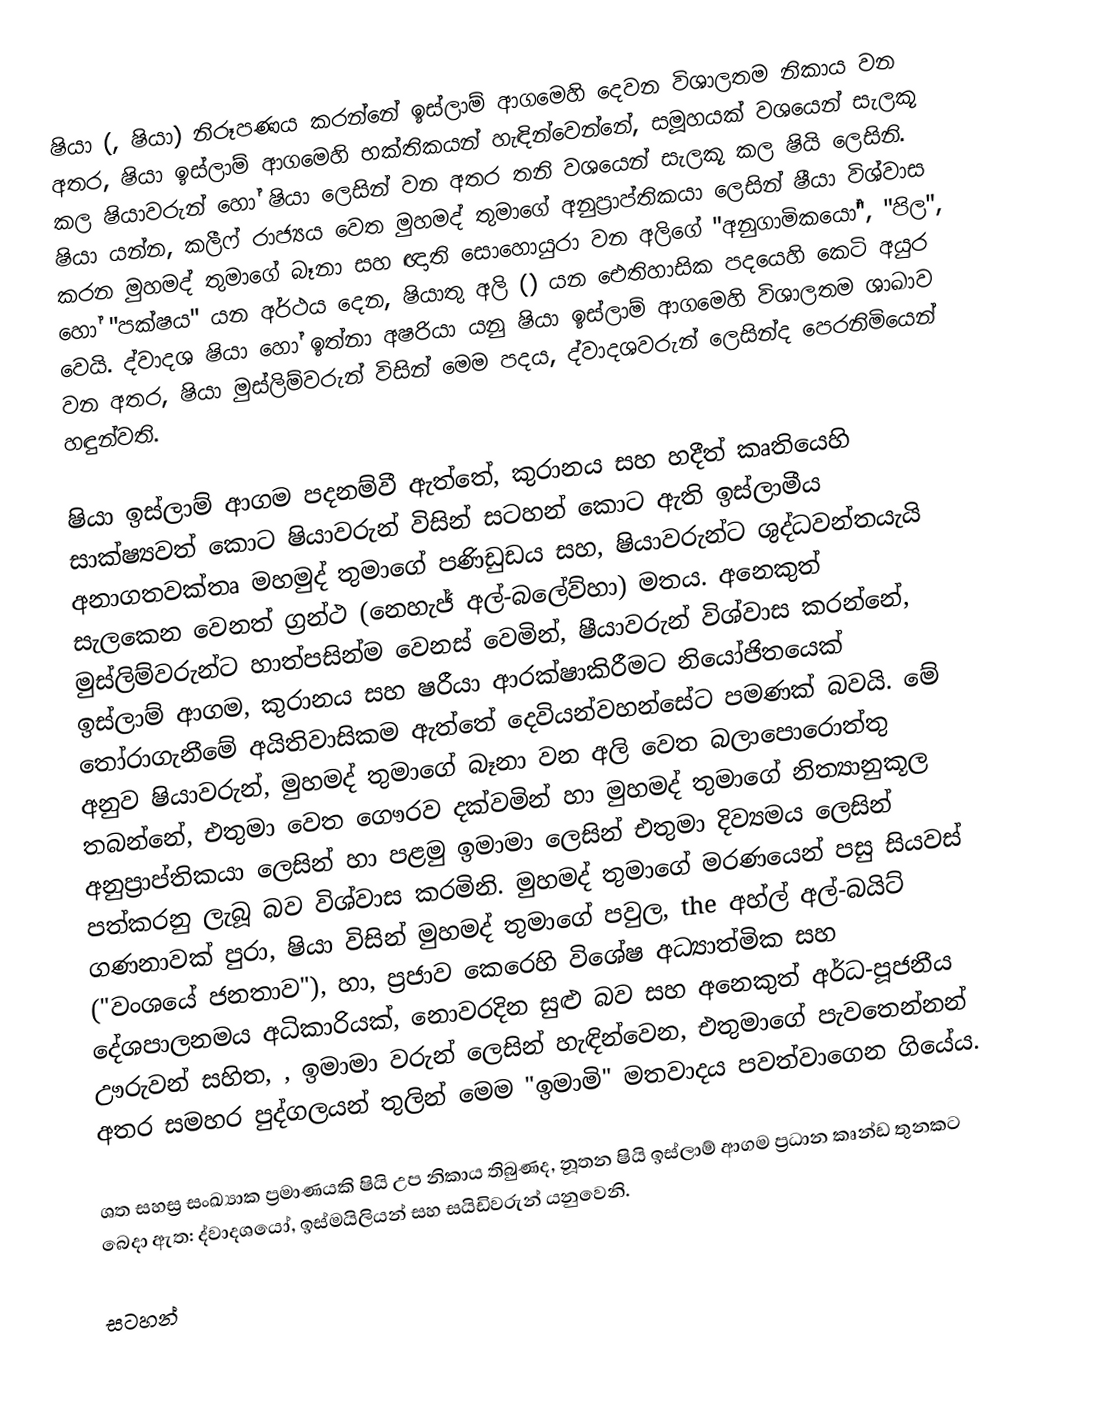
ෂියා (, ෂියා) නිරූපණය කරන්නේ  ඉස්ලාම් ආගමෙහි දෙවන විශාලතම නිකාය වන අතර, ෂියා ඉස්ලාම් ආගමෙහි භක්තිකයන් හැඳින්වෙන්නේ,  සමූහයක් වශයෙන් සැලකූ කල ෂියාවරුන් හෝ ෂියා ලෙසින් වන අතර තනි වශයෙන් සැලකූ කල ෂියි ලෙසිනි.  ෂියා යන්න,  කලීෆ් රාජ්‍යය වෙත මුහමද් තුමාගේ අනුප්‍රාප්තිකයා ලෙසින් ෂීයා විශ්වාස කරන  මුහමද් තුමාගේ බෑනා සහ ඥාති සොහොයුරා වන අලිගේ  "අනුගාමිකයෝ", "පිල", හෝ  "පක්ෂය" යන අර්ථය දෙන, ෂියාතු අලි  () යන ඓතිහාසික පදයෙහි කෙටි අයුර වෙයි. ද්වාදශ ෂියා හෝ  ඉත්නා අෂරියා  යනු ෂියා ඉස්ලාම් ආගමෙහි විශාලතම ශාඛාව වන අතර, ෂියා මුස්ලිම්වරුන් විසින් මෙම පදය,  ද්වාදශවරුන් ලෙසින්ද පෙරනිමියෙන් හඳුන්වති.

ෂියා ඉස්ලාම් ආගම පදනම්වී ඇත්තේ,  කුරානය සහ  හදීත් කෘතියෙහි සාක්ෂ්‍යවත් කොට ෂියාවරුන් විසින් සටහන් කොට ඇති ඉස්ලාමීය අනාගතවක්තෘ මහමුද් තුමාගේ  පණිඩුඩය සහ, ෂියාවරුන්ට ශුද්ධවන්තයැයි සැලකෙන වෙනත් ග්‍රන්ථ (නෙහැජ් අල්-බලේව්හා) මතය.  අනෙකුත් මුස්ලිම්වරුන්ට හාත්පසින්ම වෙනස් වෙමින්, ෂීයාවරුන් විශ්වාස කරන්නේ, ඉස්ලාම් ආගම, කුරානය සහ   ෂරීයා ආරක්ෂාකිරීමට නියෝජිතයෙක් තෝරාගැනීමේ අයිතිවාසිකම ඇත්තේ දෙවියන්වහන්සේට පමණක් බවයි. මේ අනුව ෂියාවරුන්, මුහමද් තුමාගේ බෑනා වන අලි වෙත බලාපොරොත්තු තබන්නේ, එතුමා වෙත ගෞරව දක්වමින් හා මුහමද් තුමාගේ නිත්‍යානුකූල අනුප්‍රාප්තිකයා ලෙසින් හා පළමු ඉමාමා ලෙසින් එතුමා දිව්‍යමය ලෙසින් පත්කරනු ලැබූ බව විශ්වාස කරමිනි. මුහමද් තුමාගේ මරණයෙන් පසු සියවස් ගණනාවක් පුරා, ෂියා විසින්  මුහමද් තුමාගේ පවුල, the අහ්ල් අල්-බයිට් ("වංශයේ ජනතාව"), හා,  ප්‍රජාව කෙරෙහි  විශේෂ අධ්‍යාත්මික සහ දේශපාලනමය අධිකාරියක්, නොවරදින සුළු බව සහ අනෙකුත් අර්ධ-පූජනීය ඌරුවන්  සහිත,  ,  ඉමාමා වරුන් ලෙසින් හැඳින්වෙන,  එතුමාගේ පැවතෙන්නන් අතර සමහර පුද්ගලයන් තුලින්  මෙම "ඉමාමි" මතවාදය  පවත්වාගෙන ගියේය.

ශත සහස්‍ර සංඛ්‍යාක ප්‍රමාණයකි ෂියි උප නිකාය තිබුණද, නූතන ෂියි ඉස්ලාම් ආගම ප්‍රධාන කෘන්ඩ තුනකට බෙදා ඇත: ද්වාදශයෝ, ඉස්මයිලියන් සහ සයිඩිවරුන් යනුවෙනි.

සටහන්